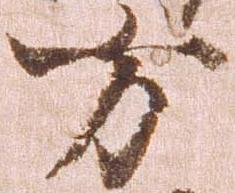
方